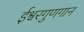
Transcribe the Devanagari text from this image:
ईश्वरगुणगान